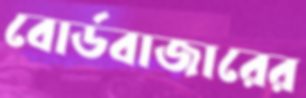
বোর্ডবাজারের